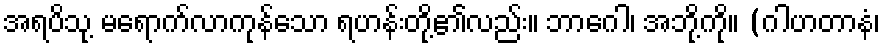
အရပ်ိသု့ မရောက်လာကုန်သော ရဟန်းတို့၏လည်း။ ဘာဂေါ၊ အဘို့ကို။ (ဂါဟတာနံ၊